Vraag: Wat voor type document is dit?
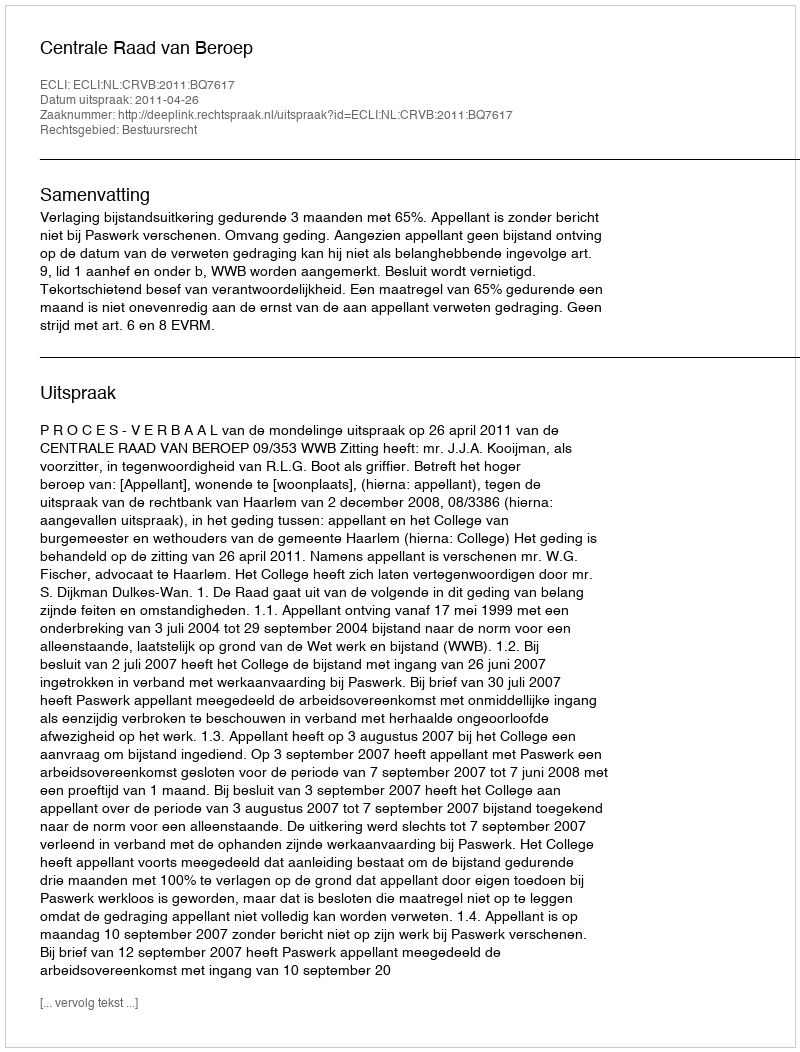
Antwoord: Uitspraak